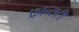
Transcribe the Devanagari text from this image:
फ्रान्सही